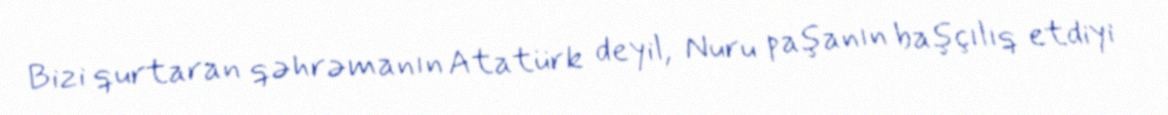
Bizi qurtaran qəhrəmanın Atatürk deyil, Nuru paşanın başçılıq etdiyi